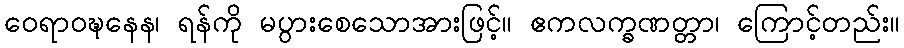
ဝေရာဝဍ္ဎနေန၊ ရန်ကို မပွားစေသောအားဖြင့်။ ဧကလက္ခဏတ္တာ၊ ကြောင့်တည်း။